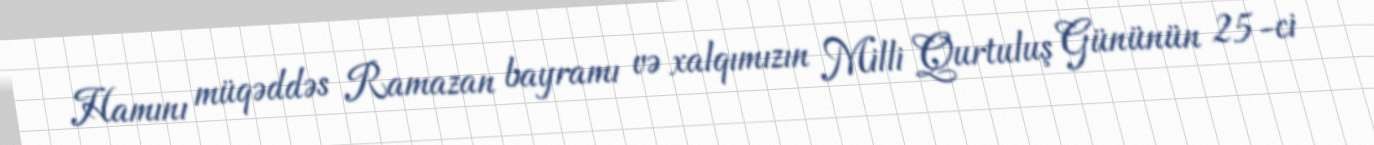
Hamını müqəddəs Ramazan bayramı və xalqımızın Milli Qurtuluş Gününün 25-ci